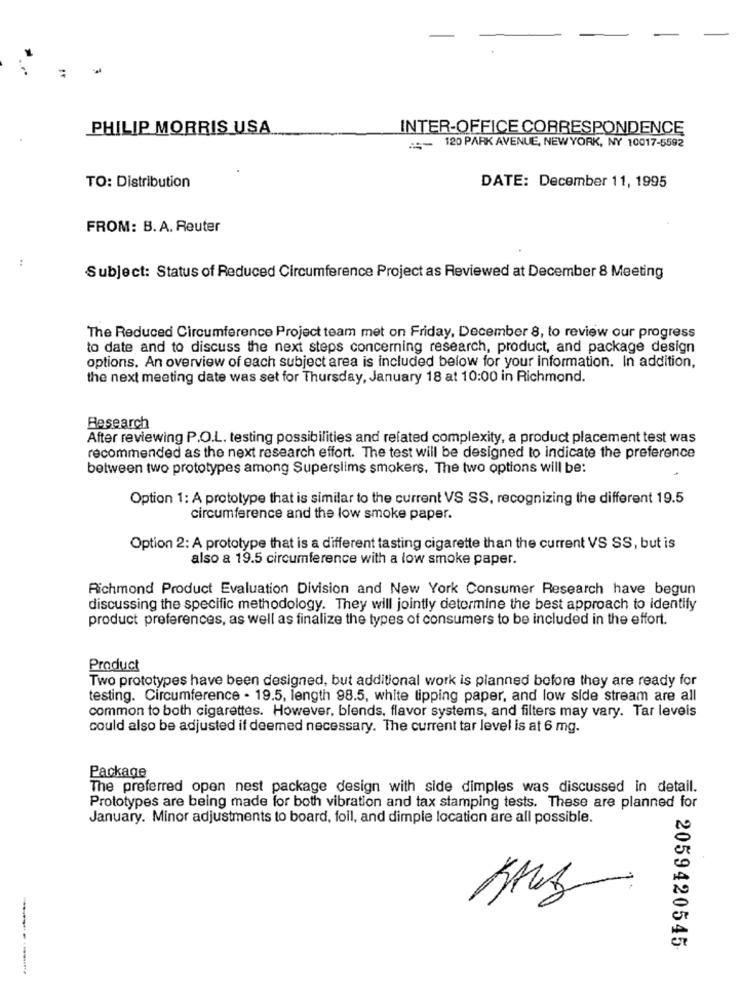
PHILIP MORRIS USA
INTER-OFFICE CORRESPONDENCE
120 PARK AVENUE, NEWYORK, NY 10017-5592
TO: Distribution
DATE: December 11, 1995
FROM: B. A. Reuter
:
Subject: Status of Reduced Circumference Project as Reviewed at December 8 Meeting
The Reduced Circumference Project team met on Friday, December 8, to review our progress
to date and to discuss the next steps concerning research, product, and package design
options. An overview of each subject area is included below for your information. In addition,
the next meeting date was set for Thursday, January 18 at 10:00 in Richmond.
Research
After reviewing P.O.L. testing possibilities and related complexity, a product placement test was
recommended as the next research effort. The test will be designed to indicate the preference
between two prototypes among Superslims smokers. The two options will be:
Option 1: A prototype that is similar to the current VS SS, recognizing the different 19.5
circumference and the low smoke paper.
Option 2: A prototype that is a different tasting cigarette than the current VS SS, but is
also a 19.5 circumference with a low smoke paper.
Richmond Product Evaluation Division and New York Consumer Research have begun
discussing the specific methodology. They will jointly determine the best approach to identify
product preferences, as well as finalize the types of consumers to be included in the effort.
Product
Two prototypes have been designed, but additional work is planned before they are ready for
testing. Circumference - 19.5, length 98.5, white tipping paper, and low side stream are all
common to both cigarettes. However, blends, flavor systems, and filters may vary. Tar leveis
could also be adjusted if deemed necessary. The current tar level is at 6 mg.
Package
The preferred open nest package design with side dimples was discussed in detail.
Prototypes are being made for both vibration and tax stamping tests. These are planned for
January. Minor adjustments to board, foil, and dimple location are all possible.
2059420545